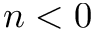
n < 0